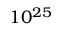
1 0 ^ { 2 5 }